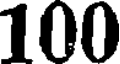
100